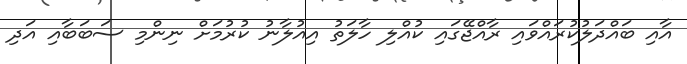
އާއި ބައްދަލުކުރައްވައި ރާއްޖޭގައި ކުއްލި ހާލަތު އިއުލާނު ކުރުމަށް ނިންމި ސަބަބާއި އަދި